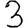
Digit: 3